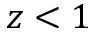
z < 1